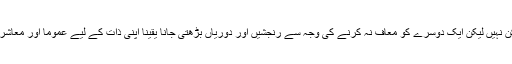
ابتدائی طور پر ایسے حالات کا پیش آنا پریشان کن نہیں لیکن ایک دوسرے کو معاف نہ کرنے کی وجہ سے رنجشیں اور دوریاں بڑھتی جانا یقیناً اپنی ذات کے لیے عموماً اور معاشرے کے لیے خصوصاً پریشانی کا سبب بنتی ہے۔